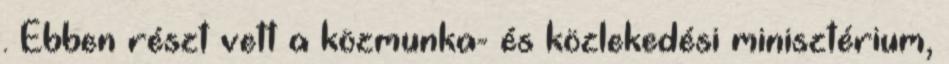
. Ebben részt vett a közmunka- és közlekedési minisztérium,